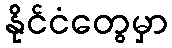
နိုင်ငံတွေမှာ